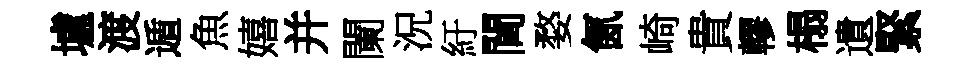
壚渡遁魚嬉并闌況紆閫婺氤崎貴轇榻遺緊